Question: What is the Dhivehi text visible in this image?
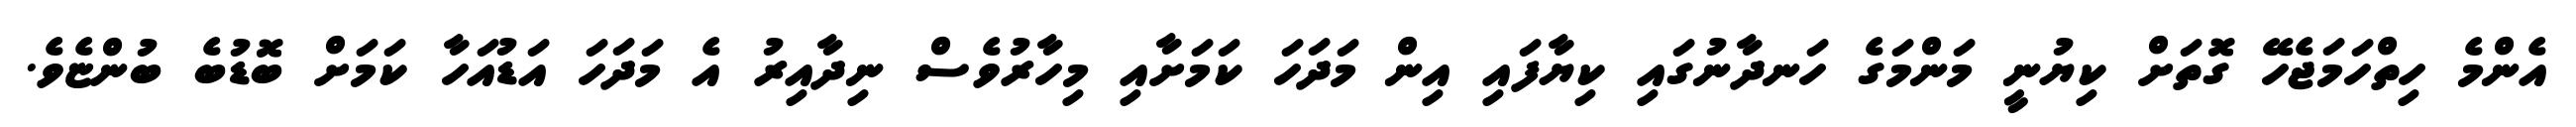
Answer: އެންމެ ހިތްހަމަޖެހޭ ގޮތަށް ކިޔުނީ މަންމަގެ ހަނދާނުގައި ކިޔާފައި އިން މަދަހަ ކަމަށާއި މިހާރުވެސް ނިދާއިރު އެ މަދަހަ އަޑުއަހާ ކަމަށް ބޮޑުބެ ބުންޏެވެ.